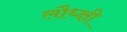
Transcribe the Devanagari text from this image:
लौध्क्षी